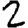
Digit: 2